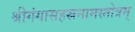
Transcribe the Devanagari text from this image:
श्रीगंगासहस्रनामस्तोत्रम्